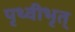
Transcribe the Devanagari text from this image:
पृथ्वीभृत्